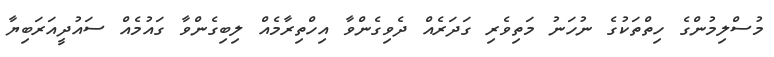
މުސްލިމުންގެ ހިތްތަކުގެ ނުހަނު މަތިވެރި ގަދަރެއް ދެވިގެންވާ އިހްތިރާމެއް ލިބިގެންވާ ގައުމެއް ސައުދީއަރަބިޔާ